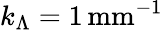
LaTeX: k_{\Lambda}=1\, \mathrm{mm^{-1}}